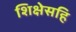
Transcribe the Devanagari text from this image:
शिक्षेसहि